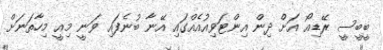
ބީބީސީ ރޭޑިއޯ އަށް ދިން އިންޓަވިއުއެއްގައި އޭނާ ބުނެފައި ވަނީ މިއީ މިހާތަނަށް